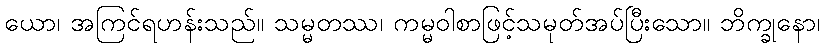
ယော၊ အကြင်ရဟန်းသည်။ သမ္မတဿ၊ ကမ္မဝါစာဖြင့်သမုတ်အပ်ပြီးသော။ ဘိက္ခုနော၊